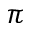
\pi